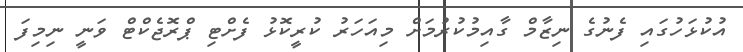
އުކުޅަހުގައި ފެނުގެ ނިޒާމް ގާއިމުކުރުމަށް މިއަހަރު ކުރީކޮޅު ފެށްޓި ޕްރޮޖެކްޓް ވަނީ ނިމިފަ